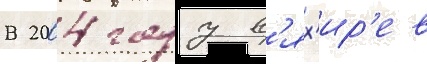
В 2004 году в'ях'ир'ев